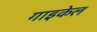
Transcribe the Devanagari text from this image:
गाइकेल